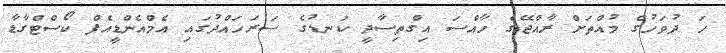
ހަ ދުވަހުގެ މުއްތަށް ރާއްޖޭގެ ހާއްސަ އިގްތިސާދީ ކަނޑުގެ ސަރަހައްދުގައި އެމްއެންޑީއެފް ކޯސްޓްގާޑާ